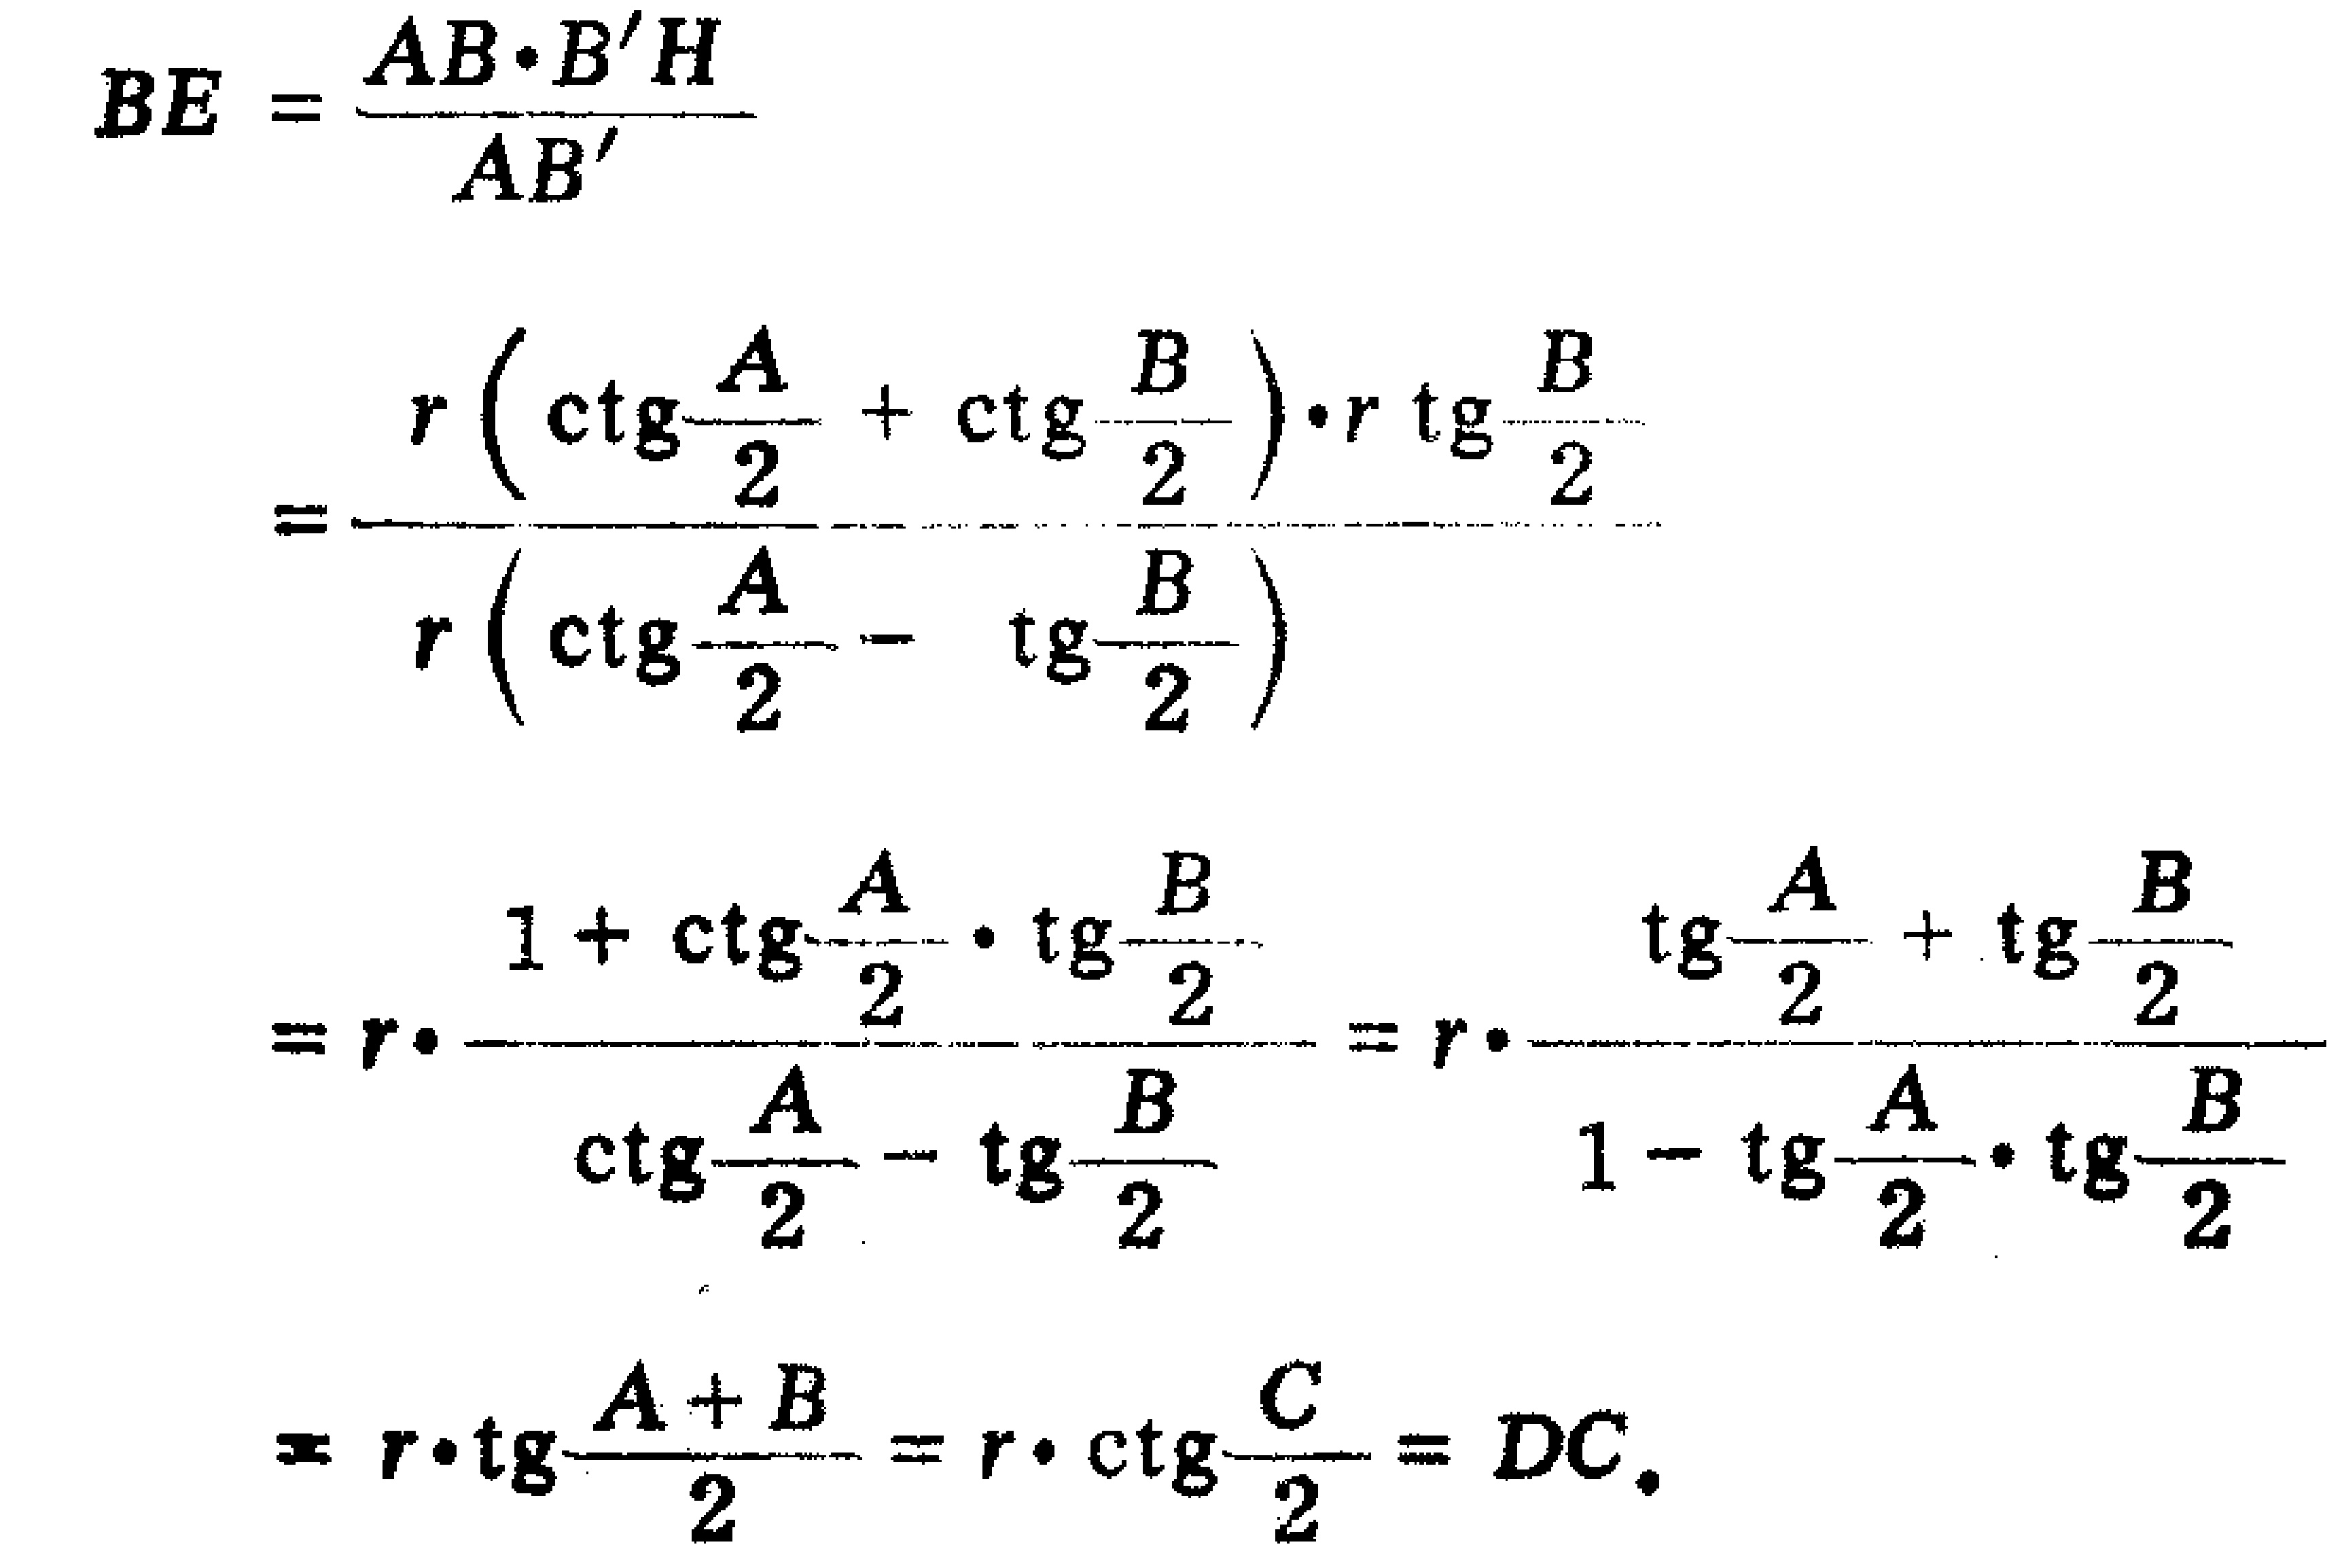
\[
\begin{align*}
BE&=\frac{AB\cdot B'H}{AB'}\\
&=\frac{r\left(\mathrm{ctg}\frac{A}{2}+\mathrm{ctg}\frac{B}{2}\right)\cdot r\mathrm{tg}\frac{B}{2}}{r\left(\mathrm{ctg}\frac{A}{2}-\mathrm{tg}\frac{B}{2}\right)}\\
&=r\cdot\frac{1 + \mathrm{ctg}\frac{A}{2}\cdot\mathrm{tg}\frac{B}{2}}{\mathrm{ctg}\frac{A}{2}-\mathrm{tg}\frac{B}{2}}=r\cdot\frac{\mathrm{tg}\frac{A}{2}+\mathrm{tg}\frac{B}{2}}{1 - \mathrm{tg}\frac{A}{2}\cdot\mathrm{tg}\frac{B}{2}}\\
&=r\cdot\mathrm{tg}\frac{A + B}{2}=r\cdot\mathrm{ctg}\frac{C}{2}=DC.
\end{align*}
\]